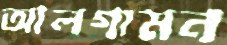
আলগামন